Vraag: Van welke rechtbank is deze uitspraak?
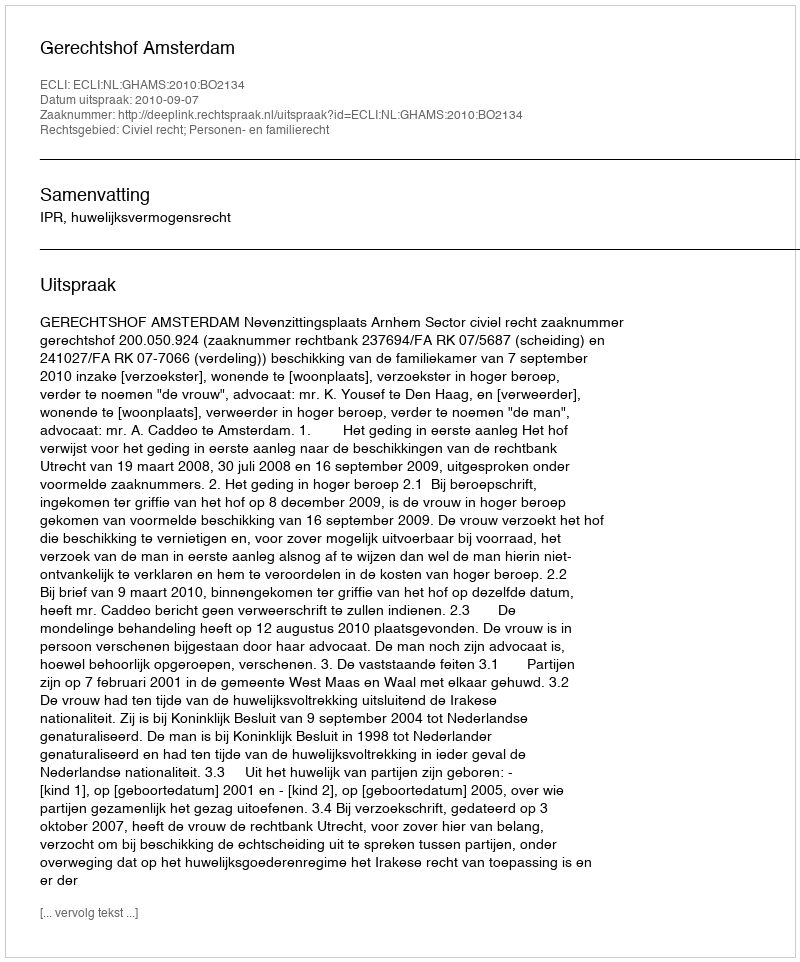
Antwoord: Gerechtshof Amsterdam